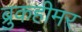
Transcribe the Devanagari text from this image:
ब्रुकहीमर